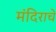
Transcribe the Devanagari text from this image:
मंदिराचे